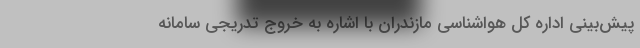
پیش‌بینی اداره کل هواشناسی مازندران با اشاره به خروج تدریجی سامانه